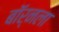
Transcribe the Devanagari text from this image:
बॉर्नला